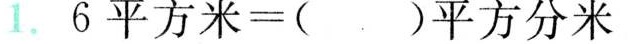
1. 6平方米=( )平方分米